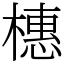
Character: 橞